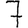
Digit: 7